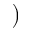
)